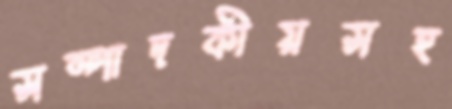
সম্পাদকীয়সহ